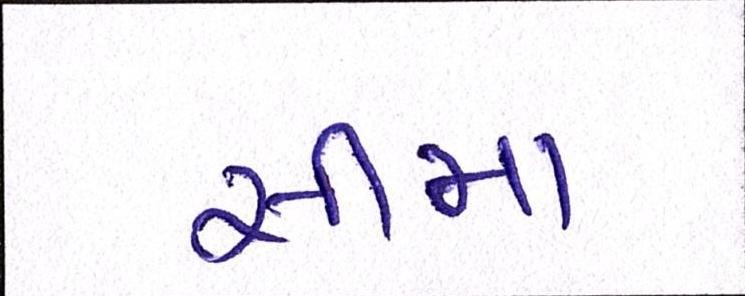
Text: સીમા